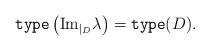
LaTeX: \begin{align*}\mathtt{type}\left(\mathrm{Im}_{|_D}\lambda\right)= \mathtt{type}(D) .\end{align*}